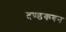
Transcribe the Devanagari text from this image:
दण्डकवन